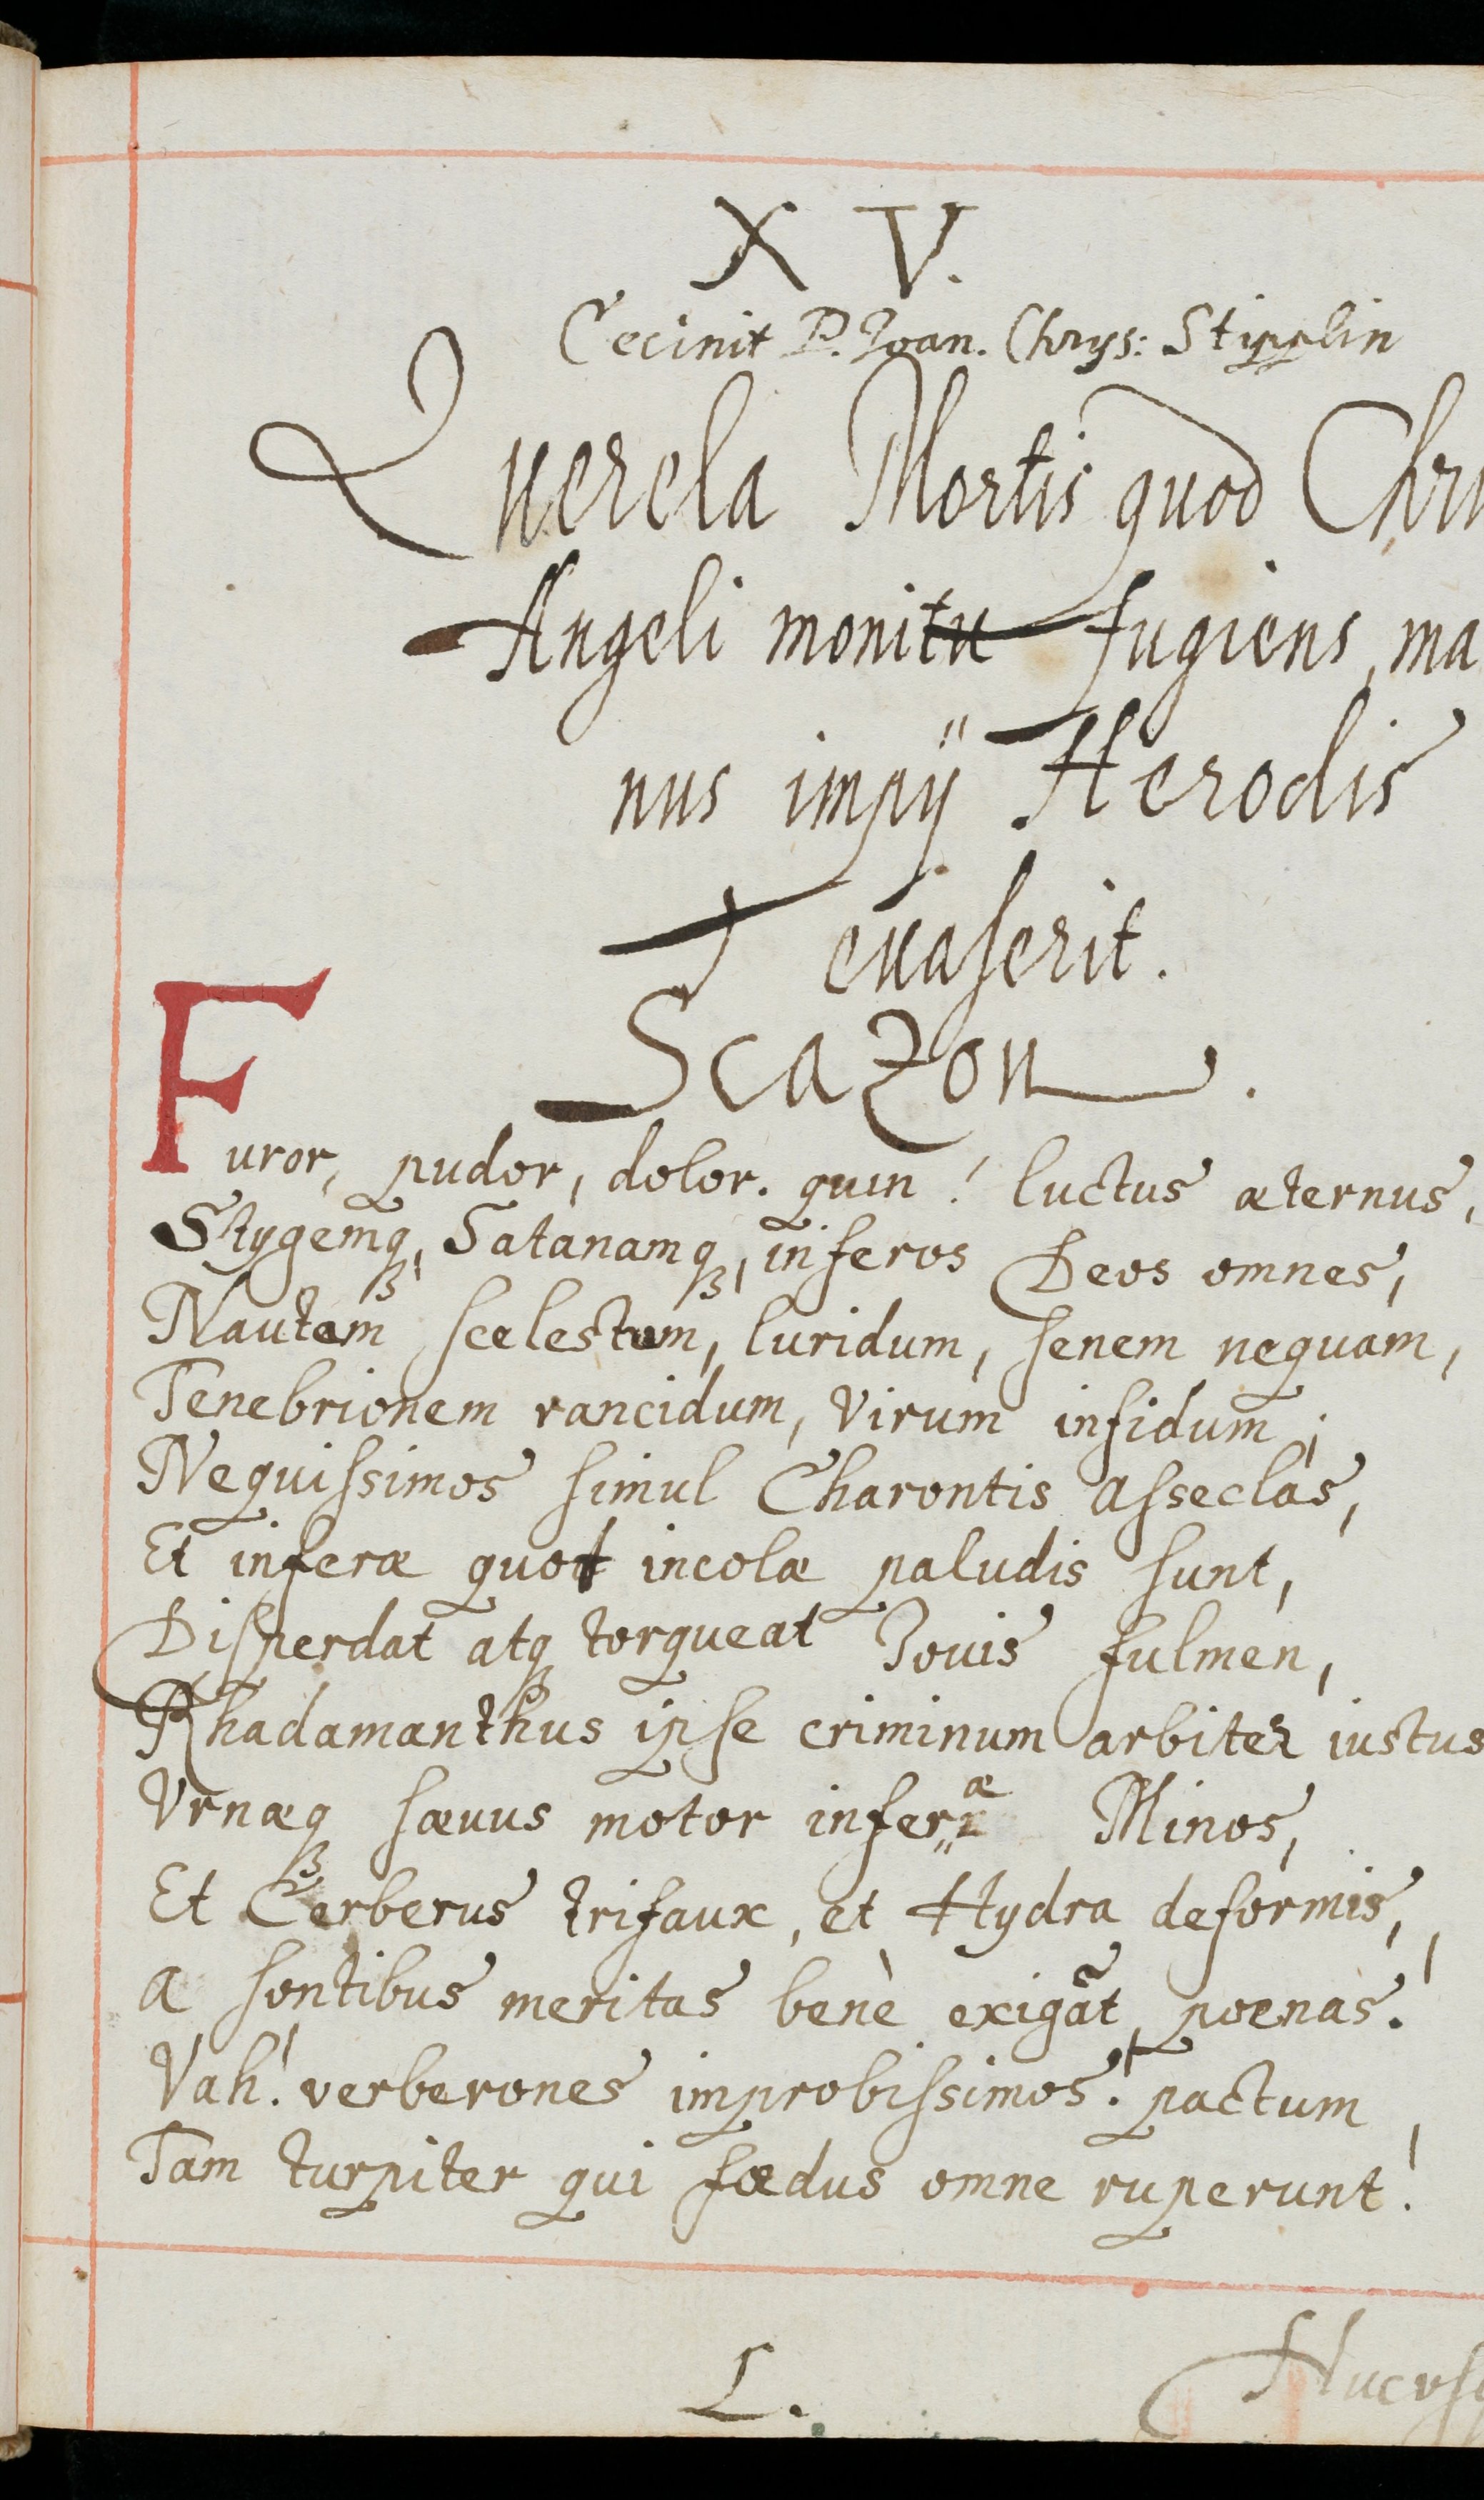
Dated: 1655–1655